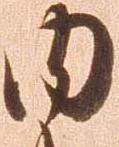
内